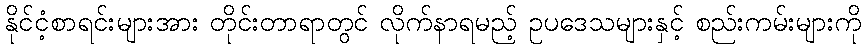
နိုင်ငံ့စာရင်းများအား တိုင်းတာရာတွင် လိုက်နာရမည့် ဥပဒေသများနှင့် စည်းကမ်းများကို